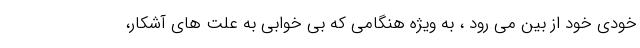
خودی خود از بین می رود ، به ویژه هنگامی که بی خوابی به علت های آشکار،